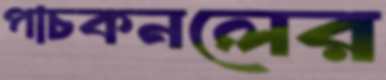
পাচকনলের